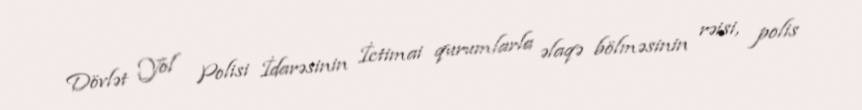
Dövlət Yol Polisi İdarəsinin İctimai qurumlarla əlaqə bölməsinin rəisi, polis